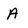
Character: A